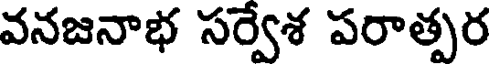
వనజనాభ సర్వేశ పరాత్పర